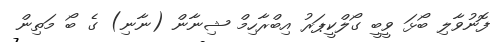
ފޮނުވާލި ބޯޅަ ވީބީ ގޯލްކީޕަރު އިބްރާހިމް ޝިނާން (ނާނި) ގެ ބޯ މަތިން